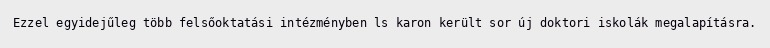
Ezzel egyidejűleg több felsőoktatási intézményben ls karon került sor új doktori iskolák megalapításra.